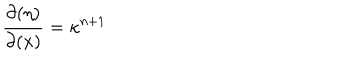
LaTeX: \frac { \partial ( \eta ) } { \partial ( x ) } = \kappa ^ { n + 1 }